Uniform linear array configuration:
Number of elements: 8
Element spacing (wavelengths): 0.25
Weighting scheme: kaiser
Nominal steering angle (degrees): -60
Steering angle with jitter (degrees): -59.414
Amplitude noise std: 0.05
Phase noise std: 0.05

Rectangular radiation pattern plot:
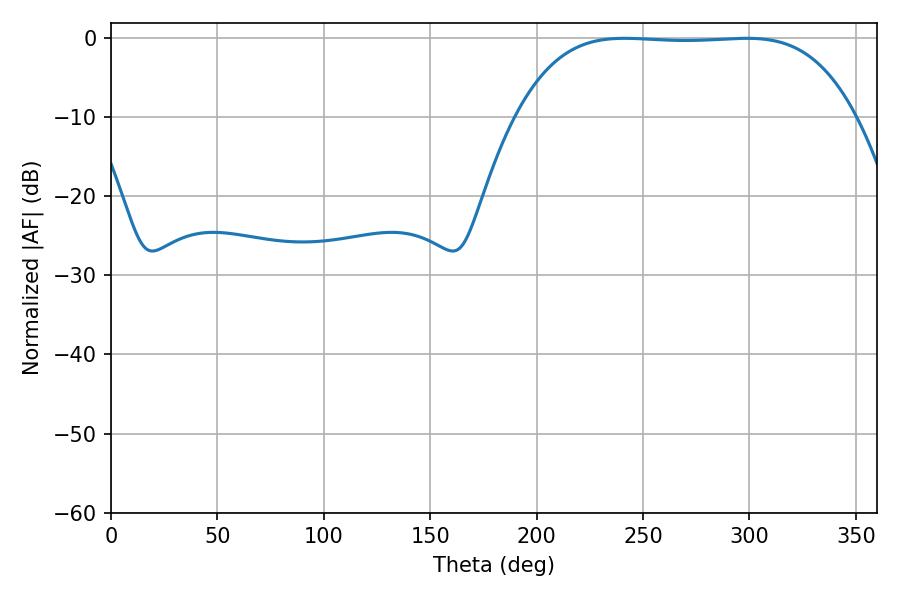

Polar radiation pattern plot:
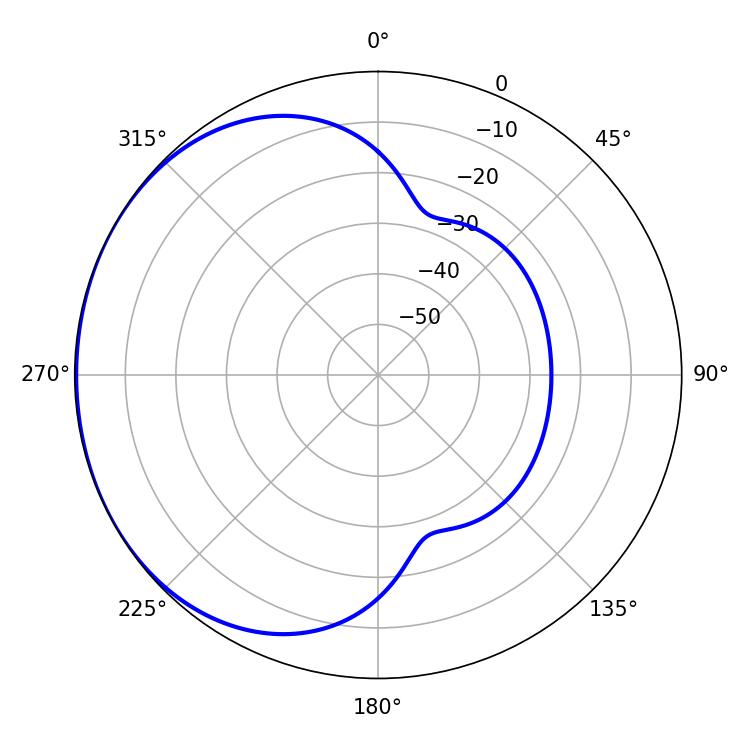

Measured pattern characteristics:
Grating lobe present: FALSE
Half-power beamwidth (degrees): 122.76
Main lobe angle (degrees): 241.38